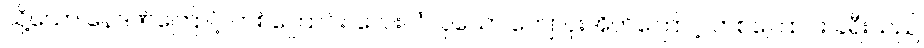
သို့သော် နေဒဏ်ကြောင့် တစ်ကြောင်း၊ လေးလံလှသော ကျောပိုးအိတ်ကြောင့် တစ်ကြောင်း ခရီးသည်